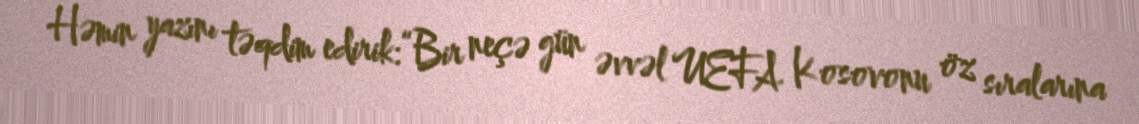
Həmin yazını təqdim edirik:“Bir neçə gün əvvəl UEFA Kosovonu öz sıralarına